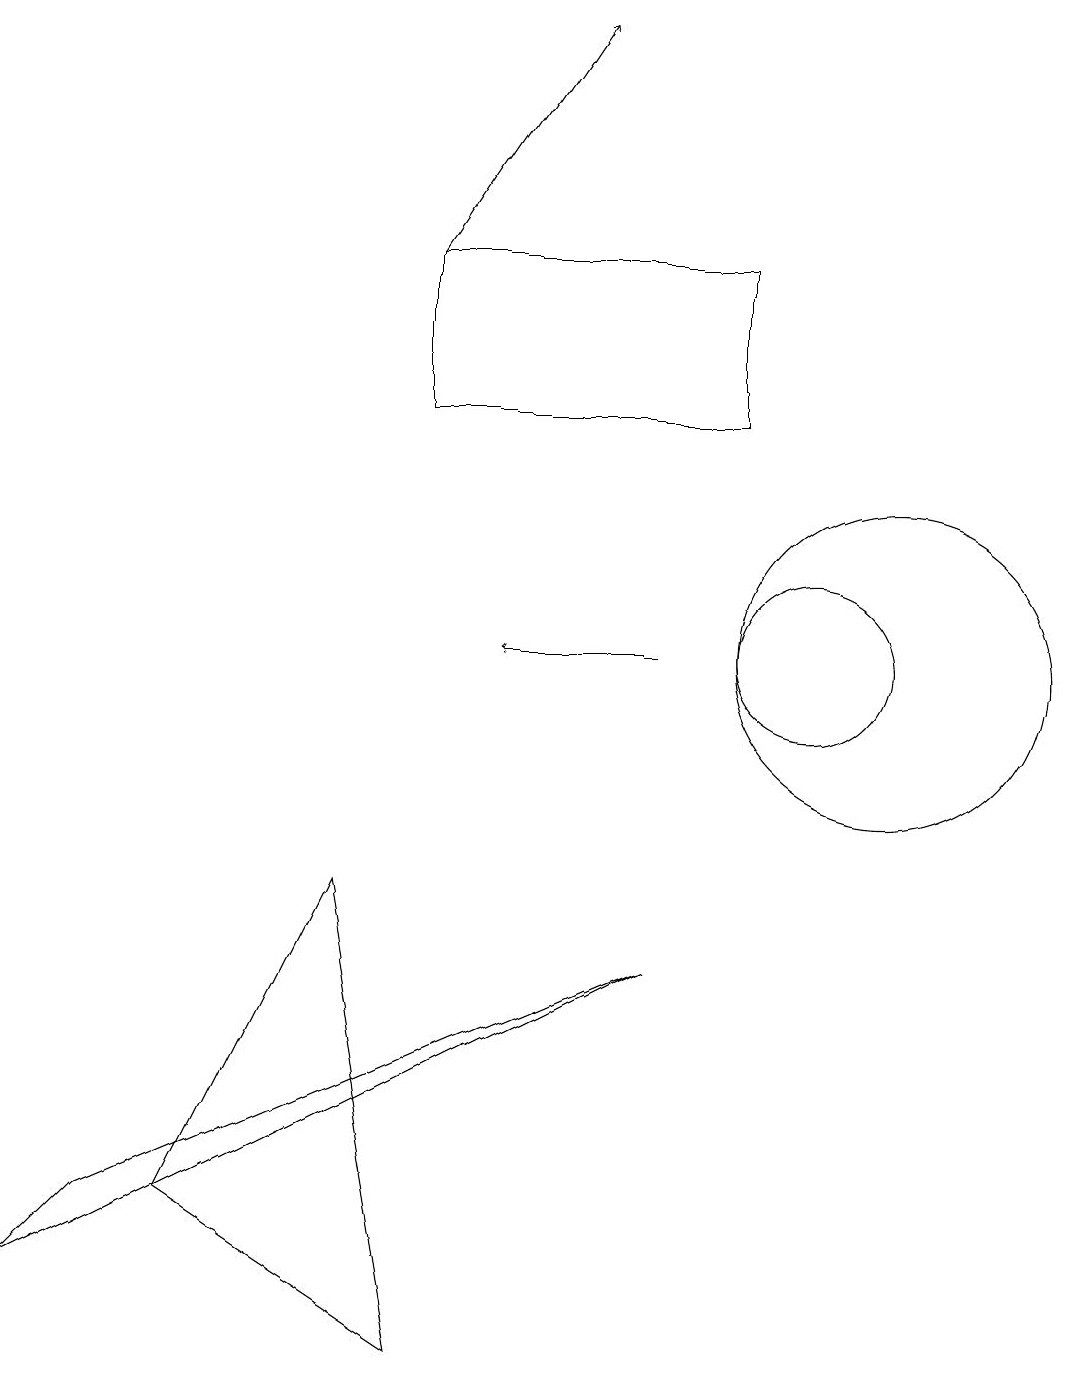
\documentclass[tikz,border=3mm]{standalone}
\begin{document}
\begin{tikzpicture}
\draw (4,7) -- (5,1) -- (2,3) -- cycle;
\draw[->] (8,10) -- (6,10);
\draw (10,10) circle (1);
\draw (11,10) circle (2);
\draw (8,6) -- (0,2) -- (1,3) -- cycle;
\draw[->] (5,15) -- (7,18);
\draw (9,15) rectangle (5,13);
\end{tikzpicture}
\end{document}